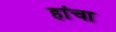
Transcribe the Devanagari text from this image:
हांचा